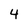
Character: 4